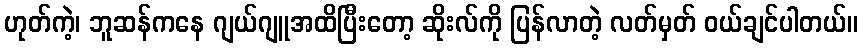
ဟုတ်ကဲ့၊ ဘူဆန်ကနေ ဂျယ်ဂျူအထိပြီးတော့ ဆိုးလ်ကို ပြန်လာတဲ့ လတ်မှတ် ဝယ်ချင်ပါတယ်။